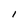
Character: I